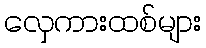
လှေကားထစ်များ